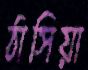
ঠাসিয়া